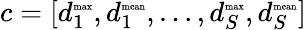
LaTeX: c=[d_{1}^{\textrm{\tiny max}},d_{1}^{\textrm{\tiny mean}},\ldots,d_{S}^{\textrm{\tiny max}},d_{S}^{\textrm{\tiny mean}}]